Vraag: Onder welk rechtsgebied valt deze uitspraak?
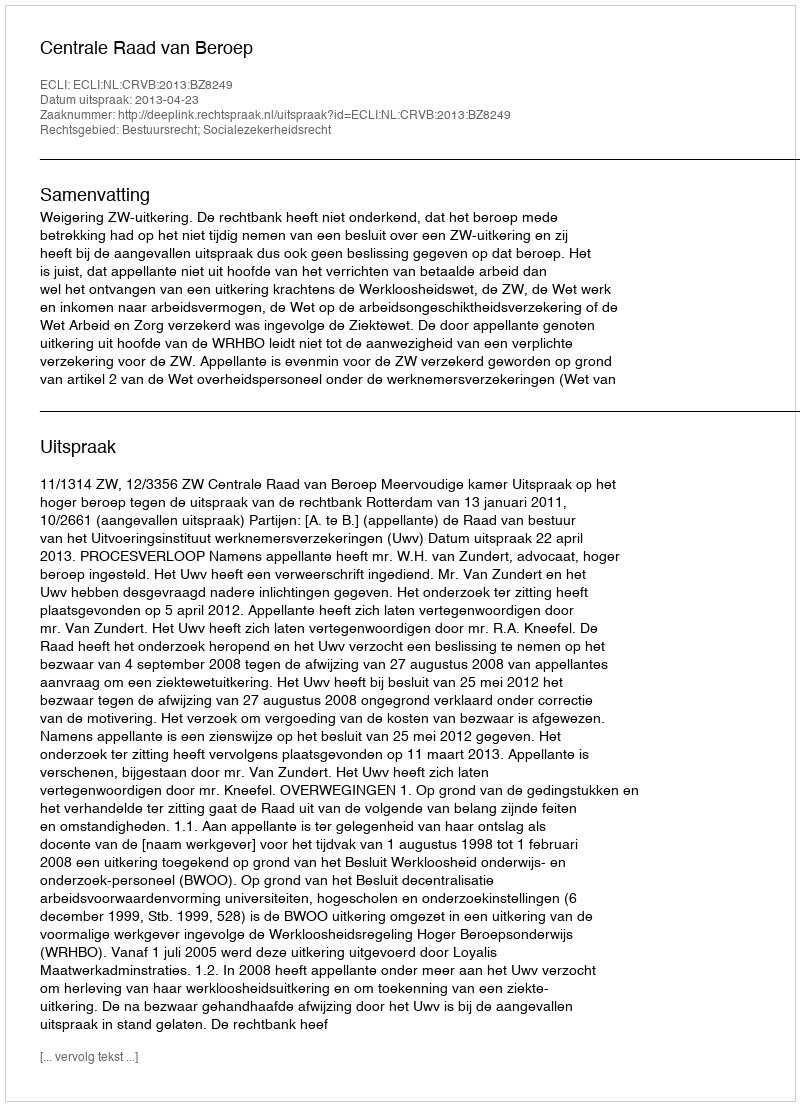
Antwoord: Bestuursrecht; Socialezekerheidsrecht